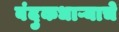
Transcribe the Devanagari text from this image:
बंदुकधाऱ्याचे